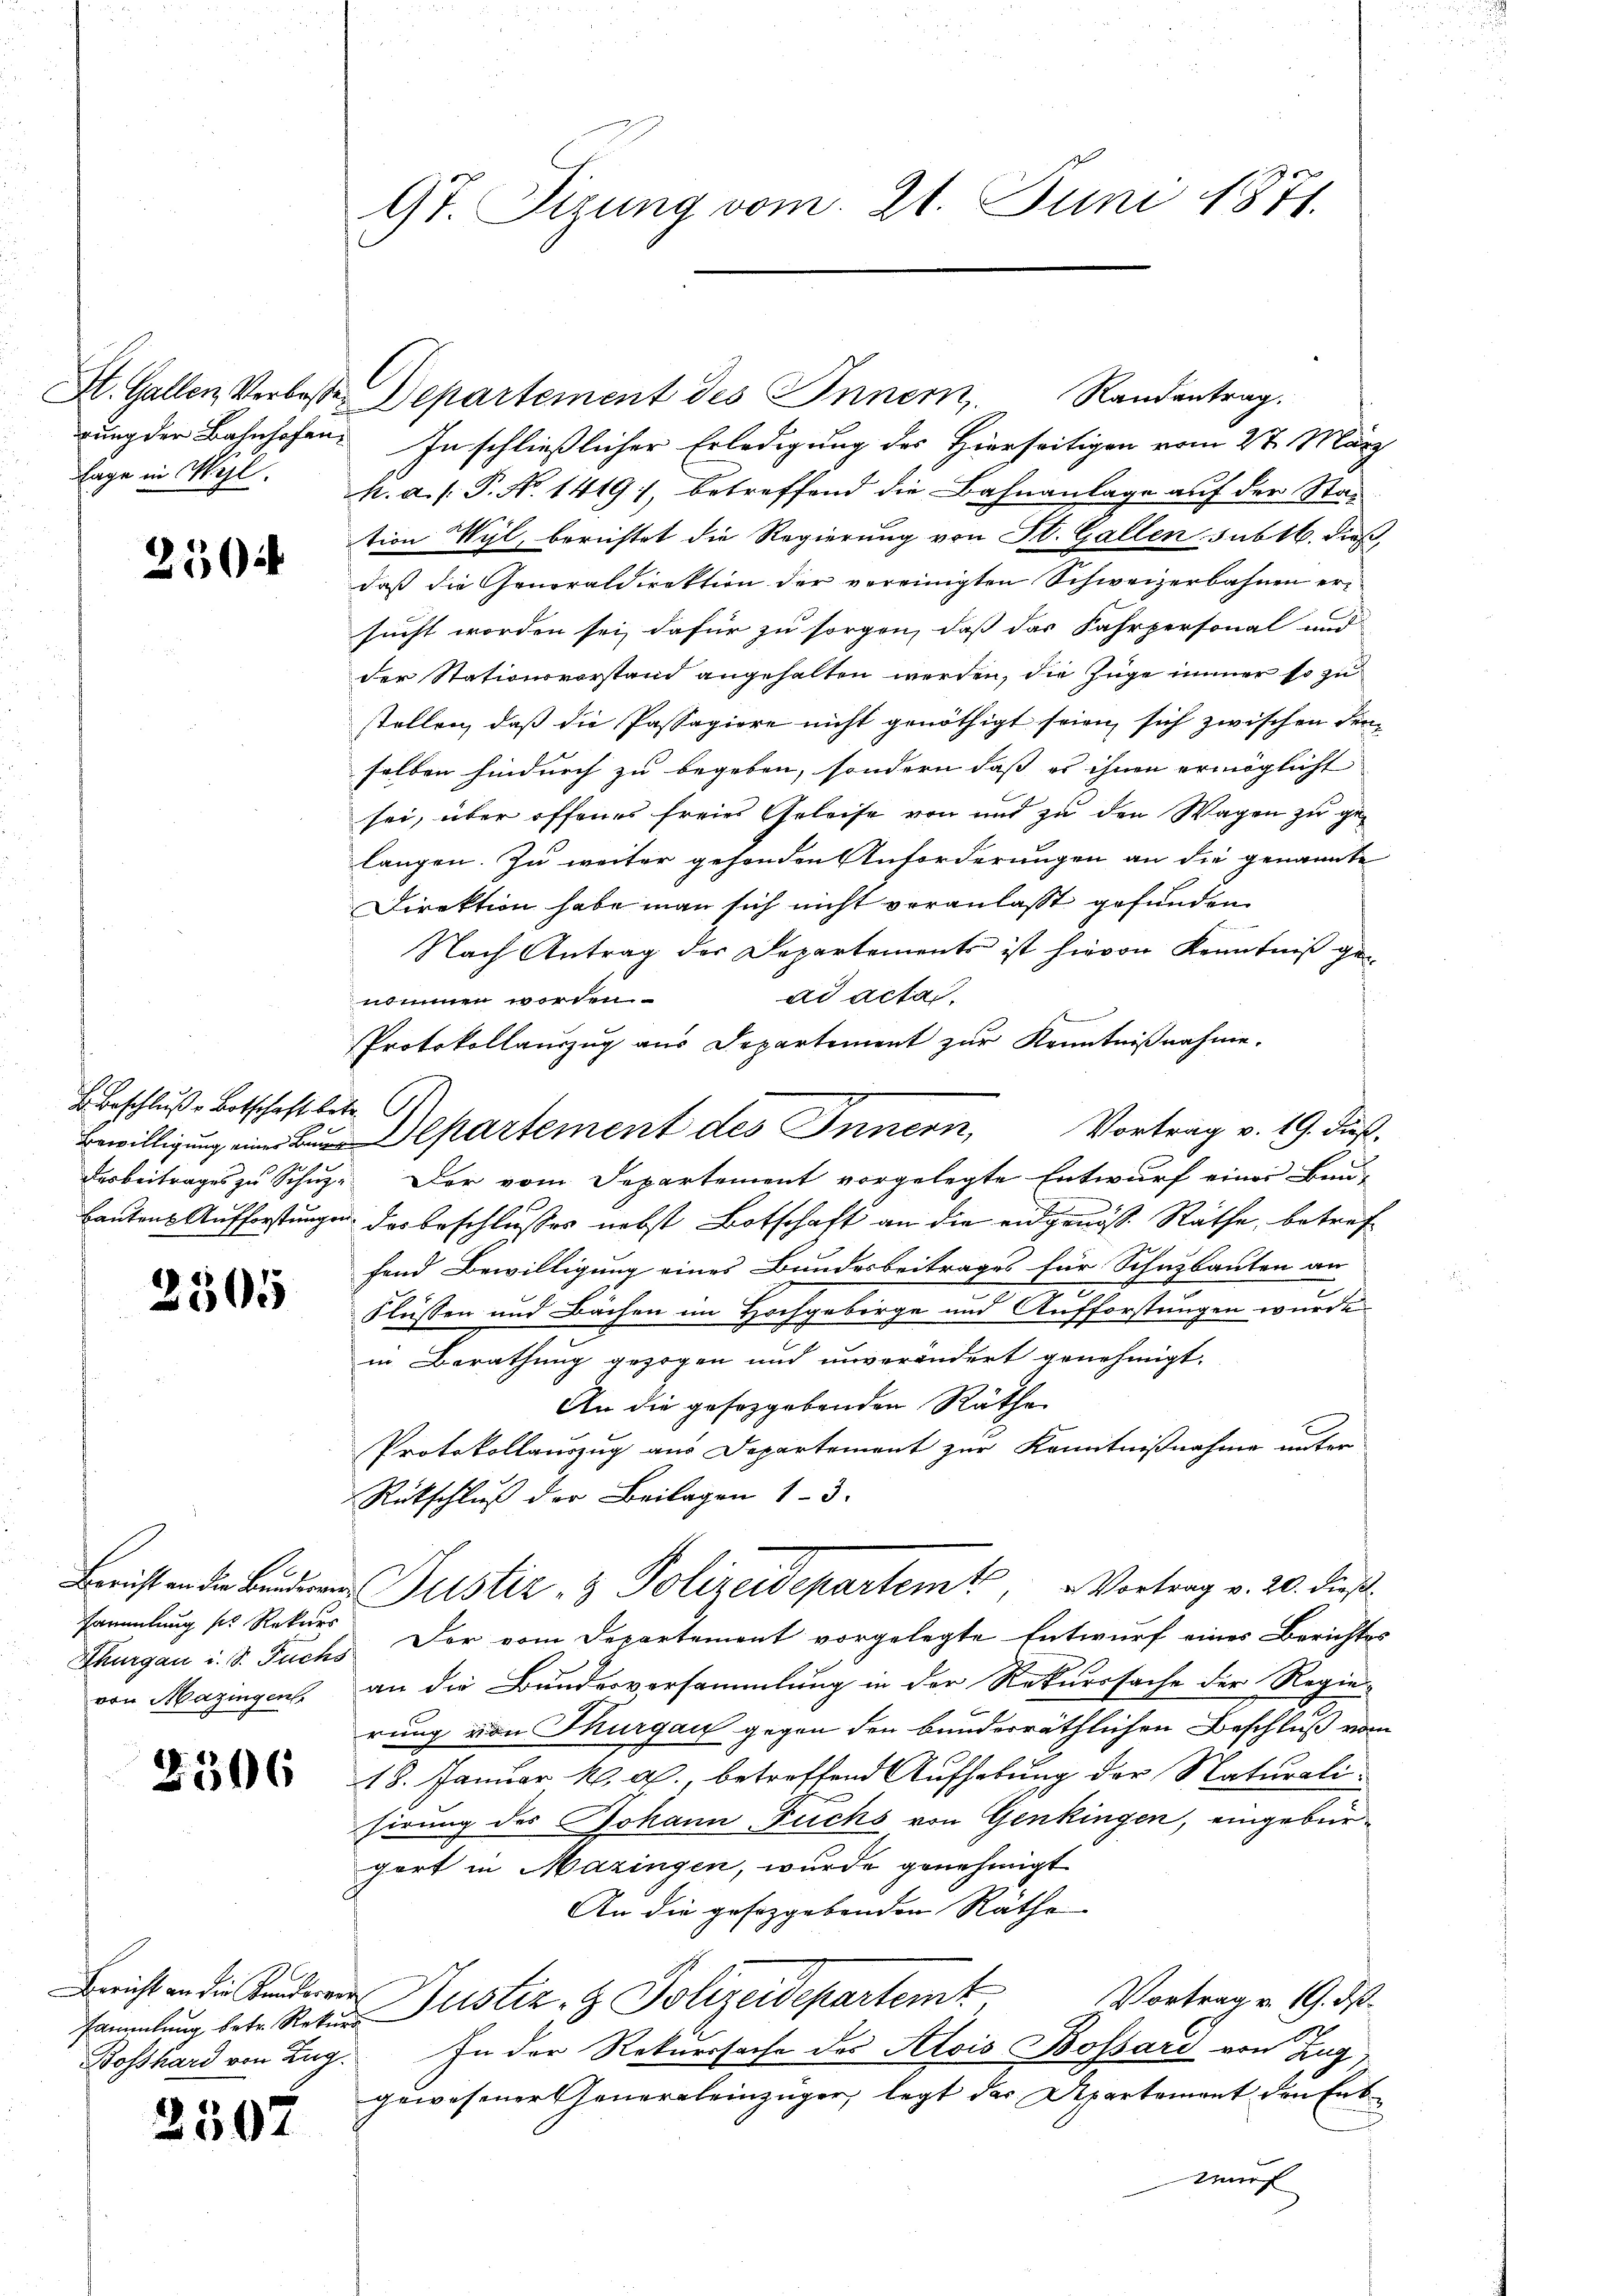
Lage in Wyl.

250

H. Beschluße Botschaft betr. 6.

2505

Sammlung s. Rekurs
Thurgau i. S. Fuchs
von Mazingen

2596

sammlung betr. Rekurs
Bosshard von Zug.

2507

9t. Sizung vom 21. Juni 1871.

Randantrag.
St. Gallen Verbose Departement des Innern,
gung der Bahnhofen. In schließlicher Erledigung des Hierseitigen vom 27. März
k. a. f. P. No. 1419), betreffend die Bahnanlage auf der Stad
tion Wyl, berichtet die Regierung von St. Gallen sub 16. dieß,
daß die Generaldirektion der vereinigten Schweizerbahnen ersucht worden sei, dafür zu sorgen, daß das Fahrpersonal und
der Stationsvorstand angehalten werden, die Züge immer so zu
stellen, daß die Passagiere nicht genöthigt seien, sich zwischen den-
selben hindurch zu begeben, sondern daß es ihnen ermöglicht
sei, über offenes freier Geleise von und zu den Wagen zu gelangen. Zu weiter gehenden Anforderungen an die genannte
Direktion habe man sich nicht veranlasst gefunden.
Nach Antrag der Departements ist hievon Kenntniß gead acta.
nommen worden
Protokollauszug aus Departement zur Kenntnißnahme.
Vortrag v. 19. dieß.
derbeitrages zu Schuz. Der vom Departement vorgelegte Entwurf einer Bau-
bautens Aufforstungen das beschlusses nebst Botschaft an die eidgenöß. Räthe, betreffond Bewilligung eines Bundesbeitrages für Schazbauten an
e
Flüssen und Bächen im Hochgeborge und Aufforstungen wurde
in Berathung gezogen und unverändert genehmigt.
An die geseggebenden Räthe
Protokollauszug aus Departement zur Kenntnißnahme unter
Rückschluß der Beilagen 13.
Bericht an der Bunderen Justiz- & Polizeidepartemt, Vortrag v. 20. dieß
Der vom Departement vorgelegte Entwurf eines Berichtes
an die Bundesversammlung in der Rekurssache der Regie-
rung von Thurgau gegen den bunderräthlichen Beschluß vom
18. Januar h. a., betreffend Aufhebung der Naturalisirung des Johann Fuchs von Genkingen, eingebürgort in Mazingen, wurde genehmigt
An die gesetzgebenden Räthe
Leicht an die Kinder Justiz- & Polizeidepartemt
Vortrag v. 19. ds.
In der Rekurssache des Alois Bossari von Zug
gewesener Generaleinzüger, legt das Departement den Ent
wurf

ipartement des Innern,